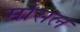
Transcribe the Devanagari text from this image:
मोसल